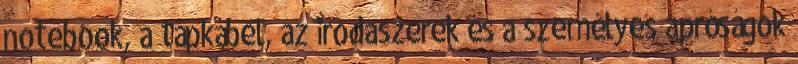
notebook, a tápkábel, az irodaszerek és a személyes apróságok